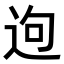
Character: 𨒡